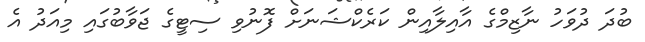
ބުދަ ދުވަހު ނާޒިމްގެ އާއިލާއިން ކަރެކްޝަނަށް ފޮނުވި ސިޓީގެ ޖަވާބުގައި މިއަދު އެ